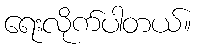
ရေးလိုက်ပါတယ်။